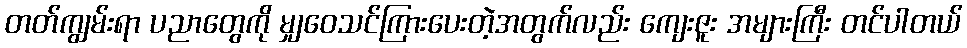
တတ်ကျွမ်းရာ ပညာတွေကို မျှဝေသင်ကြားပေးတဲ့အတွက်လည်း ကျေးဇူး အများကြီး တင်ပါတယ်